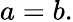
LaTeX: a=b.